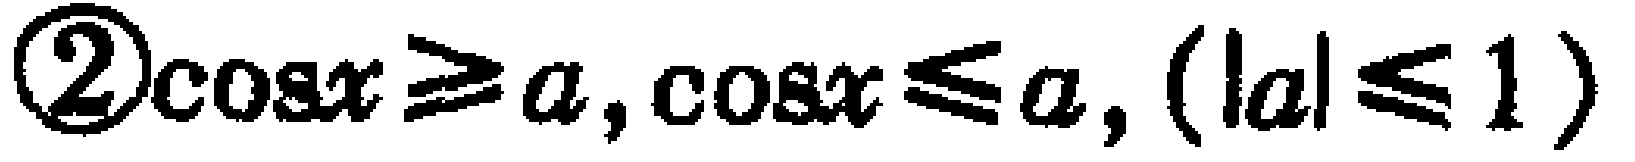
\textcircled{2}\(\cos x\geq a,\cos x\leq a,(|a|\leq 1)\)